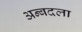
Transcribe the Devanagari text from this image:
अन्बदला